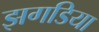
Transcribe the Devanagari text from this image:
झगडिया